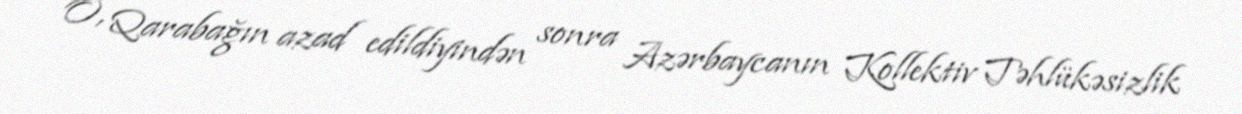
O, Qarabağın azad edildiyindən sonra Azərbaycanın Kollektiv Təhlükəsizlik